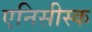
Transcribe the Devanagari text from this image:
एनिसीस्क